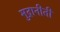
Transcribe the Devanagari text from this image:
मुद्रानीती